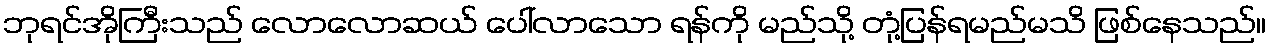
ဘုရင်အိုကြီးသည် လောလောဆယ် ပေါ်လာသော ရန်ကို မည်သို့ တုံ့ပြန်ရမည်မသိ ဖြစ်နေသည်။